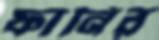
ফানির